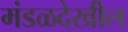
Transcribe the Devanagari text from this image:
मंडळदेखील